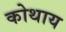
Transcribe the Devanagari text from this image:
कोथाय